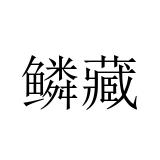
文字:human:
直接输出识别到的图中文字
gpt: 鳞藏